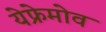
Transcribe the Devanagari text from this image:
येफ्रेमोव